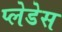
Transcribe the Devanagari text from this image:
प्लेडेस